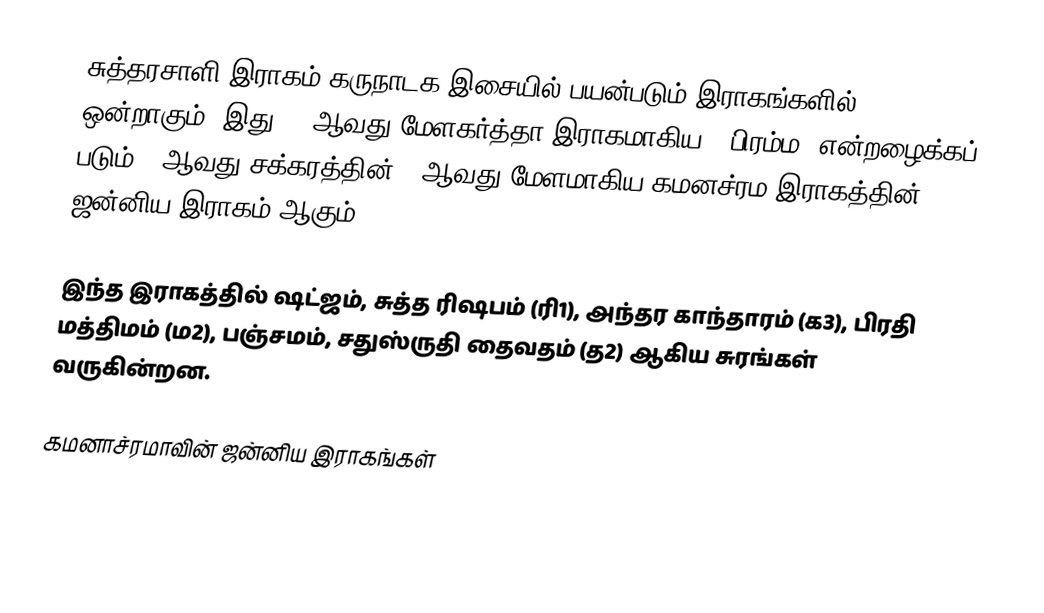
சுத்தரசாளி இராகம் கருநாடக இசையில் பயன்படும் இராகங்களில் ஒன்றாகும். இது 53 ஆவது மேளகர்த்தா இராகமாகிய, "பிரம்ம" என்றழைக்கப் படும் 9 ஆவது சக்கரத்தின் 5 ஆவது மேளமாகிய கமனச்ரம இராகத்தின் ஜன்னிய இராகம் ஆகும்.

இந்த இராகத்தில் ஷட்ஜம், சுத்த ரிஷபம் (ரி1),  அந்தர காந்தாரம் (க3), பிரதி மத்திமம் (ம2), பஞ்சமம்,  சதுஸ்ருதி தைவதம் (த2) ஆகிய சுரங்கள் வருகின்றன.

கமனாச்ரமாவின் ஜன்னிய இராகங்கள்